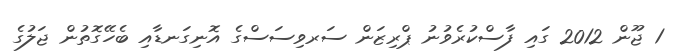
1 ޖޫން 2012 ގައި ފާސްކުރެވުނު ޕްރިޒަން ސަރވިސަސްގެ އޮނިގަނޑާއި ބެހޭގޮތުން ޖަލުގެ